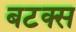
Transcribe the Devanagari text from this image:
बटक्स